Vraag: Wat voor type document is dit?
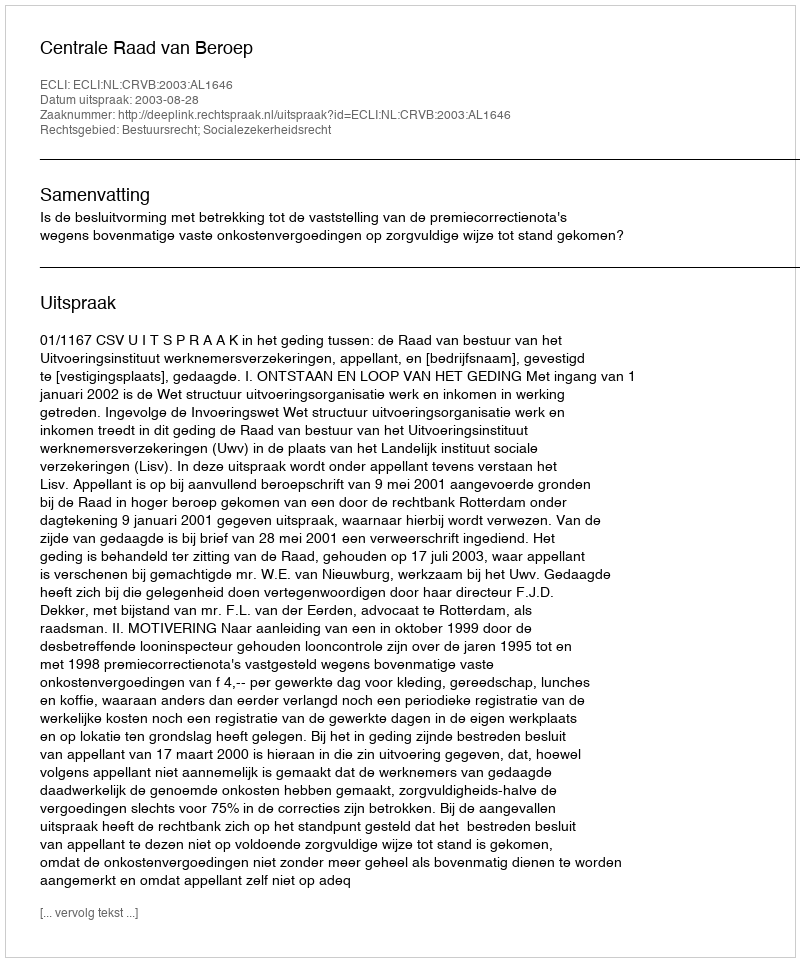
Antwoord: Uitspraak